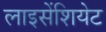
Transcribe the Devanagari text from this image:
लाइसेंशियेट